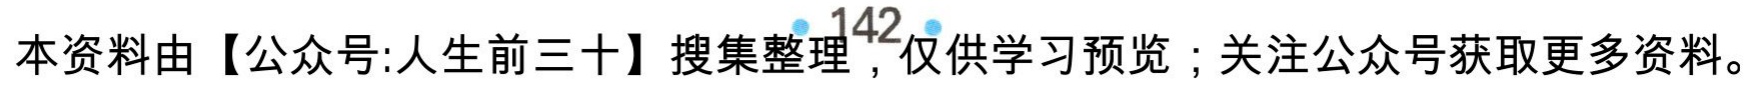
本资料由【公众号:人生前三十】搜集整理，仅供学习预览；关注公众号获取更多资料。